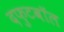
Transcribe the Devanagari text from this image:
दफुटबॉल